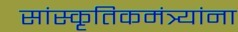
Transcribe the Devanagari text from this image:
सांस्कृतिकमंत्र्यांना